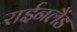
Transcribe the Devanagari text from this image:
राईनलैंड